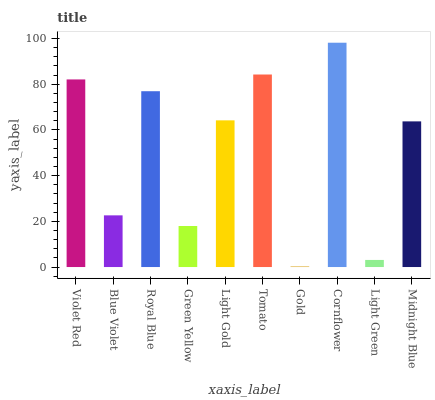
| xaxis_label | bars |
 | --- | --- |
 | Violet Red | 82.1 |
 | Blue Violet | 22.6 |
 | Royal Blue | 76.9 |
 | Green Yellow | 18 |
 | Light Gold | 64.2 |
 | Tomato | 84.2 |
 | Gold | 0.251 |
 | Cornflower | 98.1 |
 | Light Green | 3.1 |
 | Midnight Blue | 63.7 |